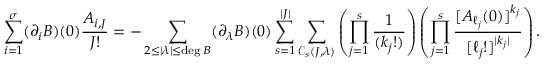
\sum _ { i = 1 } ^ { \sigma } ( \partial _ { i } B ) ( 0 ) \frac { A _ { i , \boldsymbol { J } } } { \boldsymbol { J } ! } = - \sum _ { \substack { 2 \leq | \boldsymbol { \lambda } | \leq \deg B } } ( \partial _ { \boldsymbol { \lambda } } B ) ( 0 ) \sum _ { s = 1 } ^ { | \boldsymbol { J } | } \sum _ { \mathcal { C } _ { s } ( \boldsymbol { J } , \boldsymbol { \lambda } ) } \left( \prod _ { j = 1 } ^ { s } \frac { 1 } { ( \boldsymbol { k } _ { j } ! ) } \right) \left( \prod _ { j = 1 } ^ { s } \frac { [ \boldsymbol { A } _ { \boldsymbol { \ell } _ { j } } ( 0 ) ] ^ { \boldsymbol { k } _ { j } } } { [ \boldsymbol { \ell } _ { j } ! ] ^ { | \boldsymbol { k } _ { j } | } } \right) .